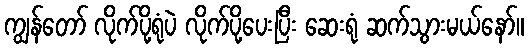
ကျွန်တော် လိုက်ပို့ရုံပဲ လိုက်ပို့ပေးပြီး ဆေးရုံ ဆက်သွားမယ်နော်။